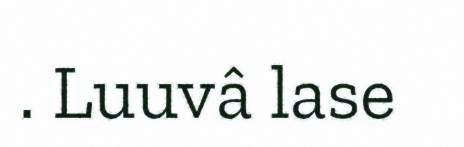
. Luuvâ lase